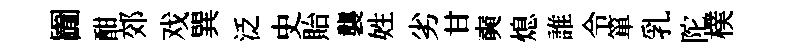
圗酣郊戏巽泛史貽襲姓劣甘奭熄誰令箪乳陀樸